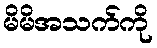
မိမိအသက်ကို